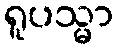
ရူပသ္မာ